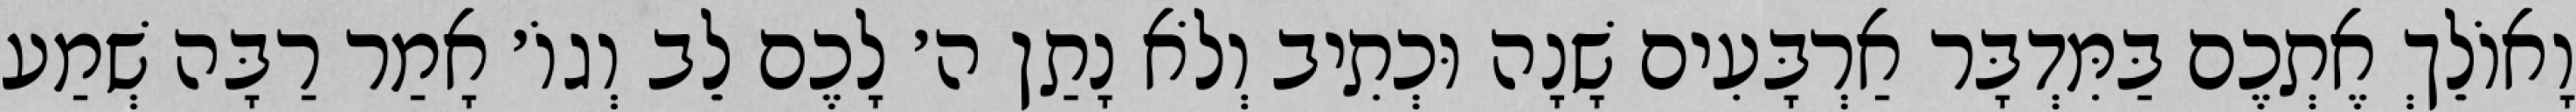
וָאוֹלֵךְ אֶתְכֶם בַּמִּדְבָּר אַרְבָּעִים שָׁנָה וּכְתִיב וְלֹא נָתַן ה׳ לָכֶם לֵב וְגוֹ׳ אָמַר רַבָּה שְׁמַע